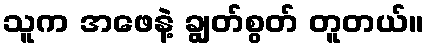
သူက အဖေနဲ့ ချွတ်စွတ် တူတယ်။